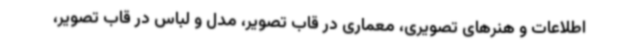
اطلاعات و هنرهای تصویری، معماری در قاب تصویر، مدل و لباس در قاب تصویر،